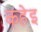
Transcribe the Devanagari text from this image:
कहेइ